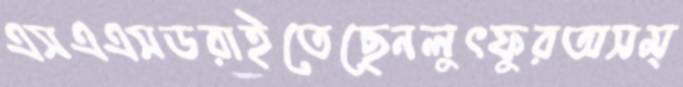
এসএএসডরাইতেছেনলুৎফুরঅসম্